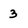
Character: 3